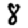
Digit: 8